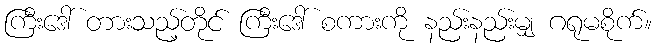
ကြီးဒေါ် တားသည့်တိုင် ကြီးဒေါ် စကားကို နည်းနည်းမျှ ဂရုမစိုက်။